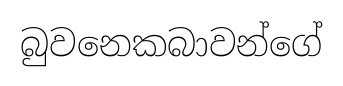
බුවනෙකබාවන්ගේ